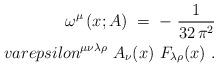
LaTeX: \begin{align*}\omega^\mu \left( x;A\right) \;=\; -~\frac{1}{32\,\pi^2} \\varepsilon^{\mu\nu\lambda\rho}~A_\nu (x)~F_{\lambda\rho} (x)~.\end{align*}